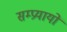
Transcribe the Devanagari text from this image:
सम्प्रयायों